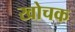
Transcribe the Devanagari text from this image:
खोचक